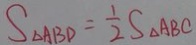
S _ { \Delta A B D } = \frac { 1 } { 2 } S _ { \Delta } A B C